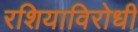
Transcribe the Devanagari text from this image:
रशियाविरोधी